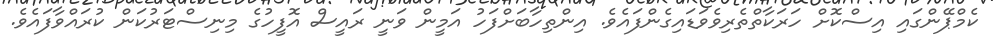
ކެމްޕޭންގައި އިސްކޮށް ހަރަކާތްތެރިވެވަޑައިގެންފައެވެ. އިންތިހާބަށްފަހު އަމީން ވަނީ ރައީސް އޮފީހުގެ މިނިސްޓަރުކަން ކުރައްވާފައެވެ.